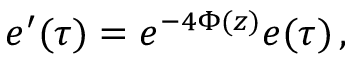
e ^ { \prime } ( \tau ) = e ^ { - 4 \Phi ( z ) } e ( \tau ) \, ,